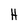
Character: H